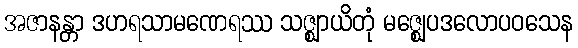
အဇာနန္တာ ဒဟရသာမဏေရဿ သဇ္ဈာယိတုံ မဇ္ဈေပဒလောပဝသေန